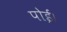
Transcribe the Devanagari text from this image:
पोई।